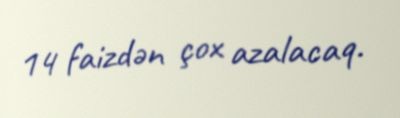
14 faizdən çox azalacaq.